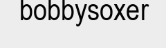
bobbysoxer